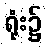
ရုံး၌